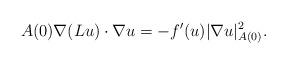
LaTeX: \begin{align*}A(0) \nabla (Lu) \cdot \nabla u = - f'(u) |\nabla u|_{A(0)}^2.\end{align*}